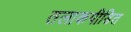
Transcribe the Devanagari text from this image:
तलाकपीडित